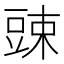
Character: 䜹